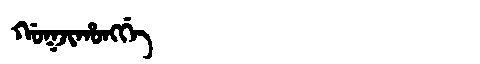
Manchu: ᡤᠣᡴᠵᡳᡥᠣᠩᡤᡝ
Romanization: GOKJIHONGGE